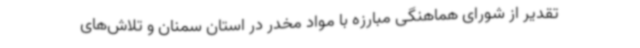
تقدیر از شورای هماهنگی مبارزه با مواد مخدر در استان سمنان و تلاش‌های